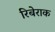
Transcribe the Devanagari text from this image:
रिबेराक